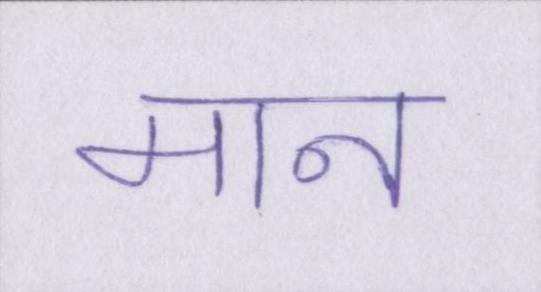
मान